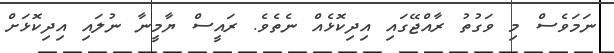
ނަމަވެސް މި ވަގުތު ރާއްޖޭގައި އިދިކޮޅެއް ނެތެވެ. ރައީސް ޔާމީނާ ނުލައި އިދިކޮޅަށް